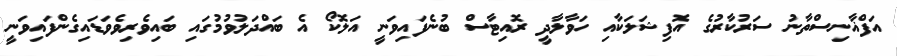
އަފްޣާނިސްތާނު ސަރުކާރުގެ އޮފިޝަލަކާއި ހަވާލާދީ ރޮއިޓާސް ބުނެފައިވަނީ އަލޮކޯ އެ ބައްދަލުވުމުގައި ބައިވެރިވެވަޑައިގެންފައިވަނީ